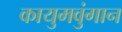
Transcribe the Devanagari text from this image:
कायुमवुंगान